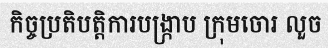
កិច្ចប្រតិបត្តិការបង្ក្រាប ក្រុមចោរ លួច